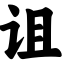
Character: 诅